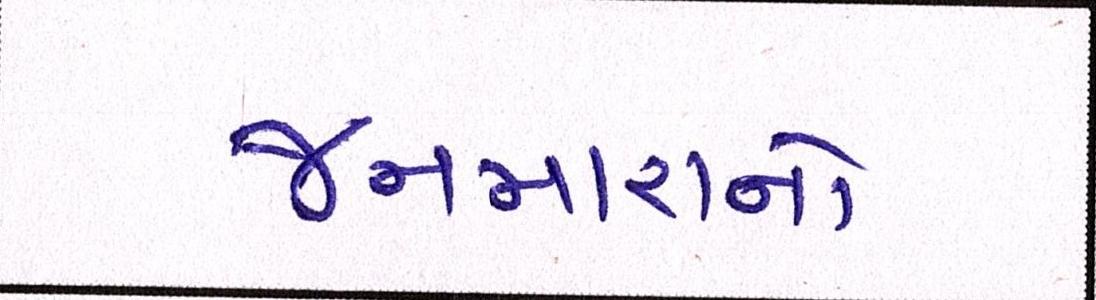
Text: જનમારાનો